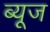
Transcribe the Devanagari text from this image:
ब्यूज